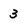
Character: 3